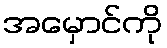
အမှောင်ကို